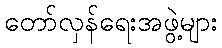
တော်လှန်ရေးအဖွဲ့များ